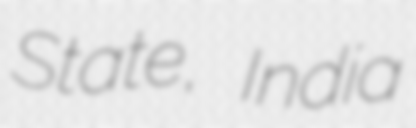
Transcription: State, India